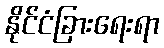
နိုင်ငံခြားရေးရာ